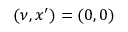
\left( \nu , x ^ { \prime } \right) = \left( 0 , 0 \right)